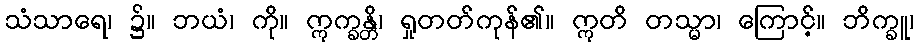
သံသာရေ၊ ၌။ ဘယံ၊ ကို။ ဣက္ခန္တိ၊ ရှုတတ်ကုန်၏။ ဣတိ တသ္မာ၊ ကြောင့်။ ဘိက္ခူ၊